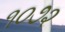
૧૦૭૨